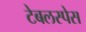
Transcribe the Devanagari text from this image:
टेबलस्पेस